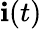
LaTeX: \mathbf{i}(t)